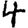
Digit: 4